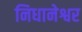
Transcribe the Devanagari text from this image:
निधानेश्वर